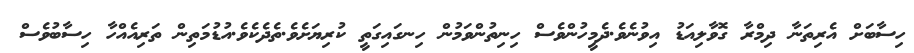
ހިސާބަށް އެރިތަނާ ދިމްރާާ ގޮވާލިއަޑު އިވުނެވެ.ދެމީހުންވެސް ހިނިތުންވަމުން ހިނގައިގަތީ ކުރިޔަށެވެ.ތެދެކެވެ.އުޑުމަތިން ތަރިއެއްހާ ހިސާބުވެސް